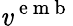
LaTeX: \mathit{v}^{\mathrm{{~e~m~b~}}}